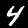
Label: 4